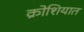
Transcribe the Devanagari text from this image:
क्रोशियात